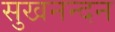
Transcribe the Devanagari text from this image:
सुखनन्दन